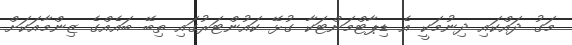
މަގު ދައްކައި ދިނުމަކީ އެ ޑިޕާޓްމަންޓަކާ ގުޅޭ ކައުންޓަރުގައި ތިބޭ ބައެއްގެ ޒިންމާއަކަށް